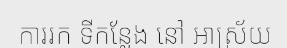
ការរក ទីកន្លែង នៅ ឣាស្រ័យ